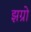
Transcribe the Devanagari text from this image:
झग्रो